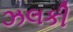
ઝલકી